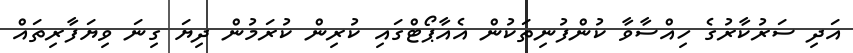
އަދި ސަރުކާރުގެ ހިއްސާވާ ކުންފުނިތަކުން އެއާޕޯޓްގައި ކުރިން ކުރަމުން ދިޔަ ގިނަ ވިޔަފާރިތައް